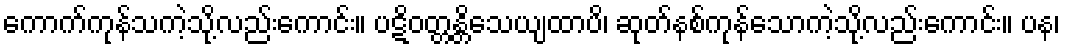
ကောက်ကုန်သကဲ့သို့လည်းကောင်း။ ပဋိဝတ္တန္တိသေယျထာပိ၊ ဆုတ်နစ်ကုန်သောကဲ့သို့လည်းကောင်း။ ပန၊